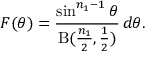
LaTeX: F ( \theta ) = { \frac { \sin ^ { n _ { 1 } - 1 } \theta } { \mathrm { B } ( { \frac { n _ { 1 } } { 2 } } , { \frac { 1 } { 2 } } ) } } \, d \theta .